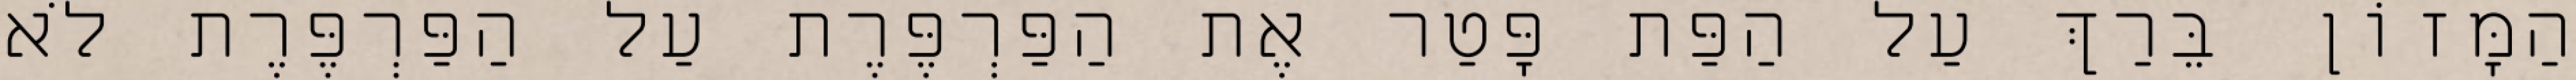
הַמָּזוֹן בֵּרַךְ עַל הַפַּת פָּטַר אֶת הַפַּרְפֶּרֶת עַל הַפַּרְפֶּרֶת לֹא